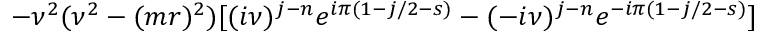
- \nu ^ { 2 } ( \nu ^ { 2 } - ( m r ) ^ { 2 } ) [ ( i \nu ) ^ { j - n } e ^ { i \pi ( 1 - j / 2 - s ) } - ( - i \nu ) ^ { j - n } e ^ { - i \pi ( 1 - j / 2 - s ) } ]